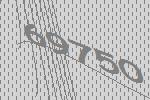
69750